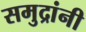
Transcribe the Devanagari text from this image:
समुद्रांनी